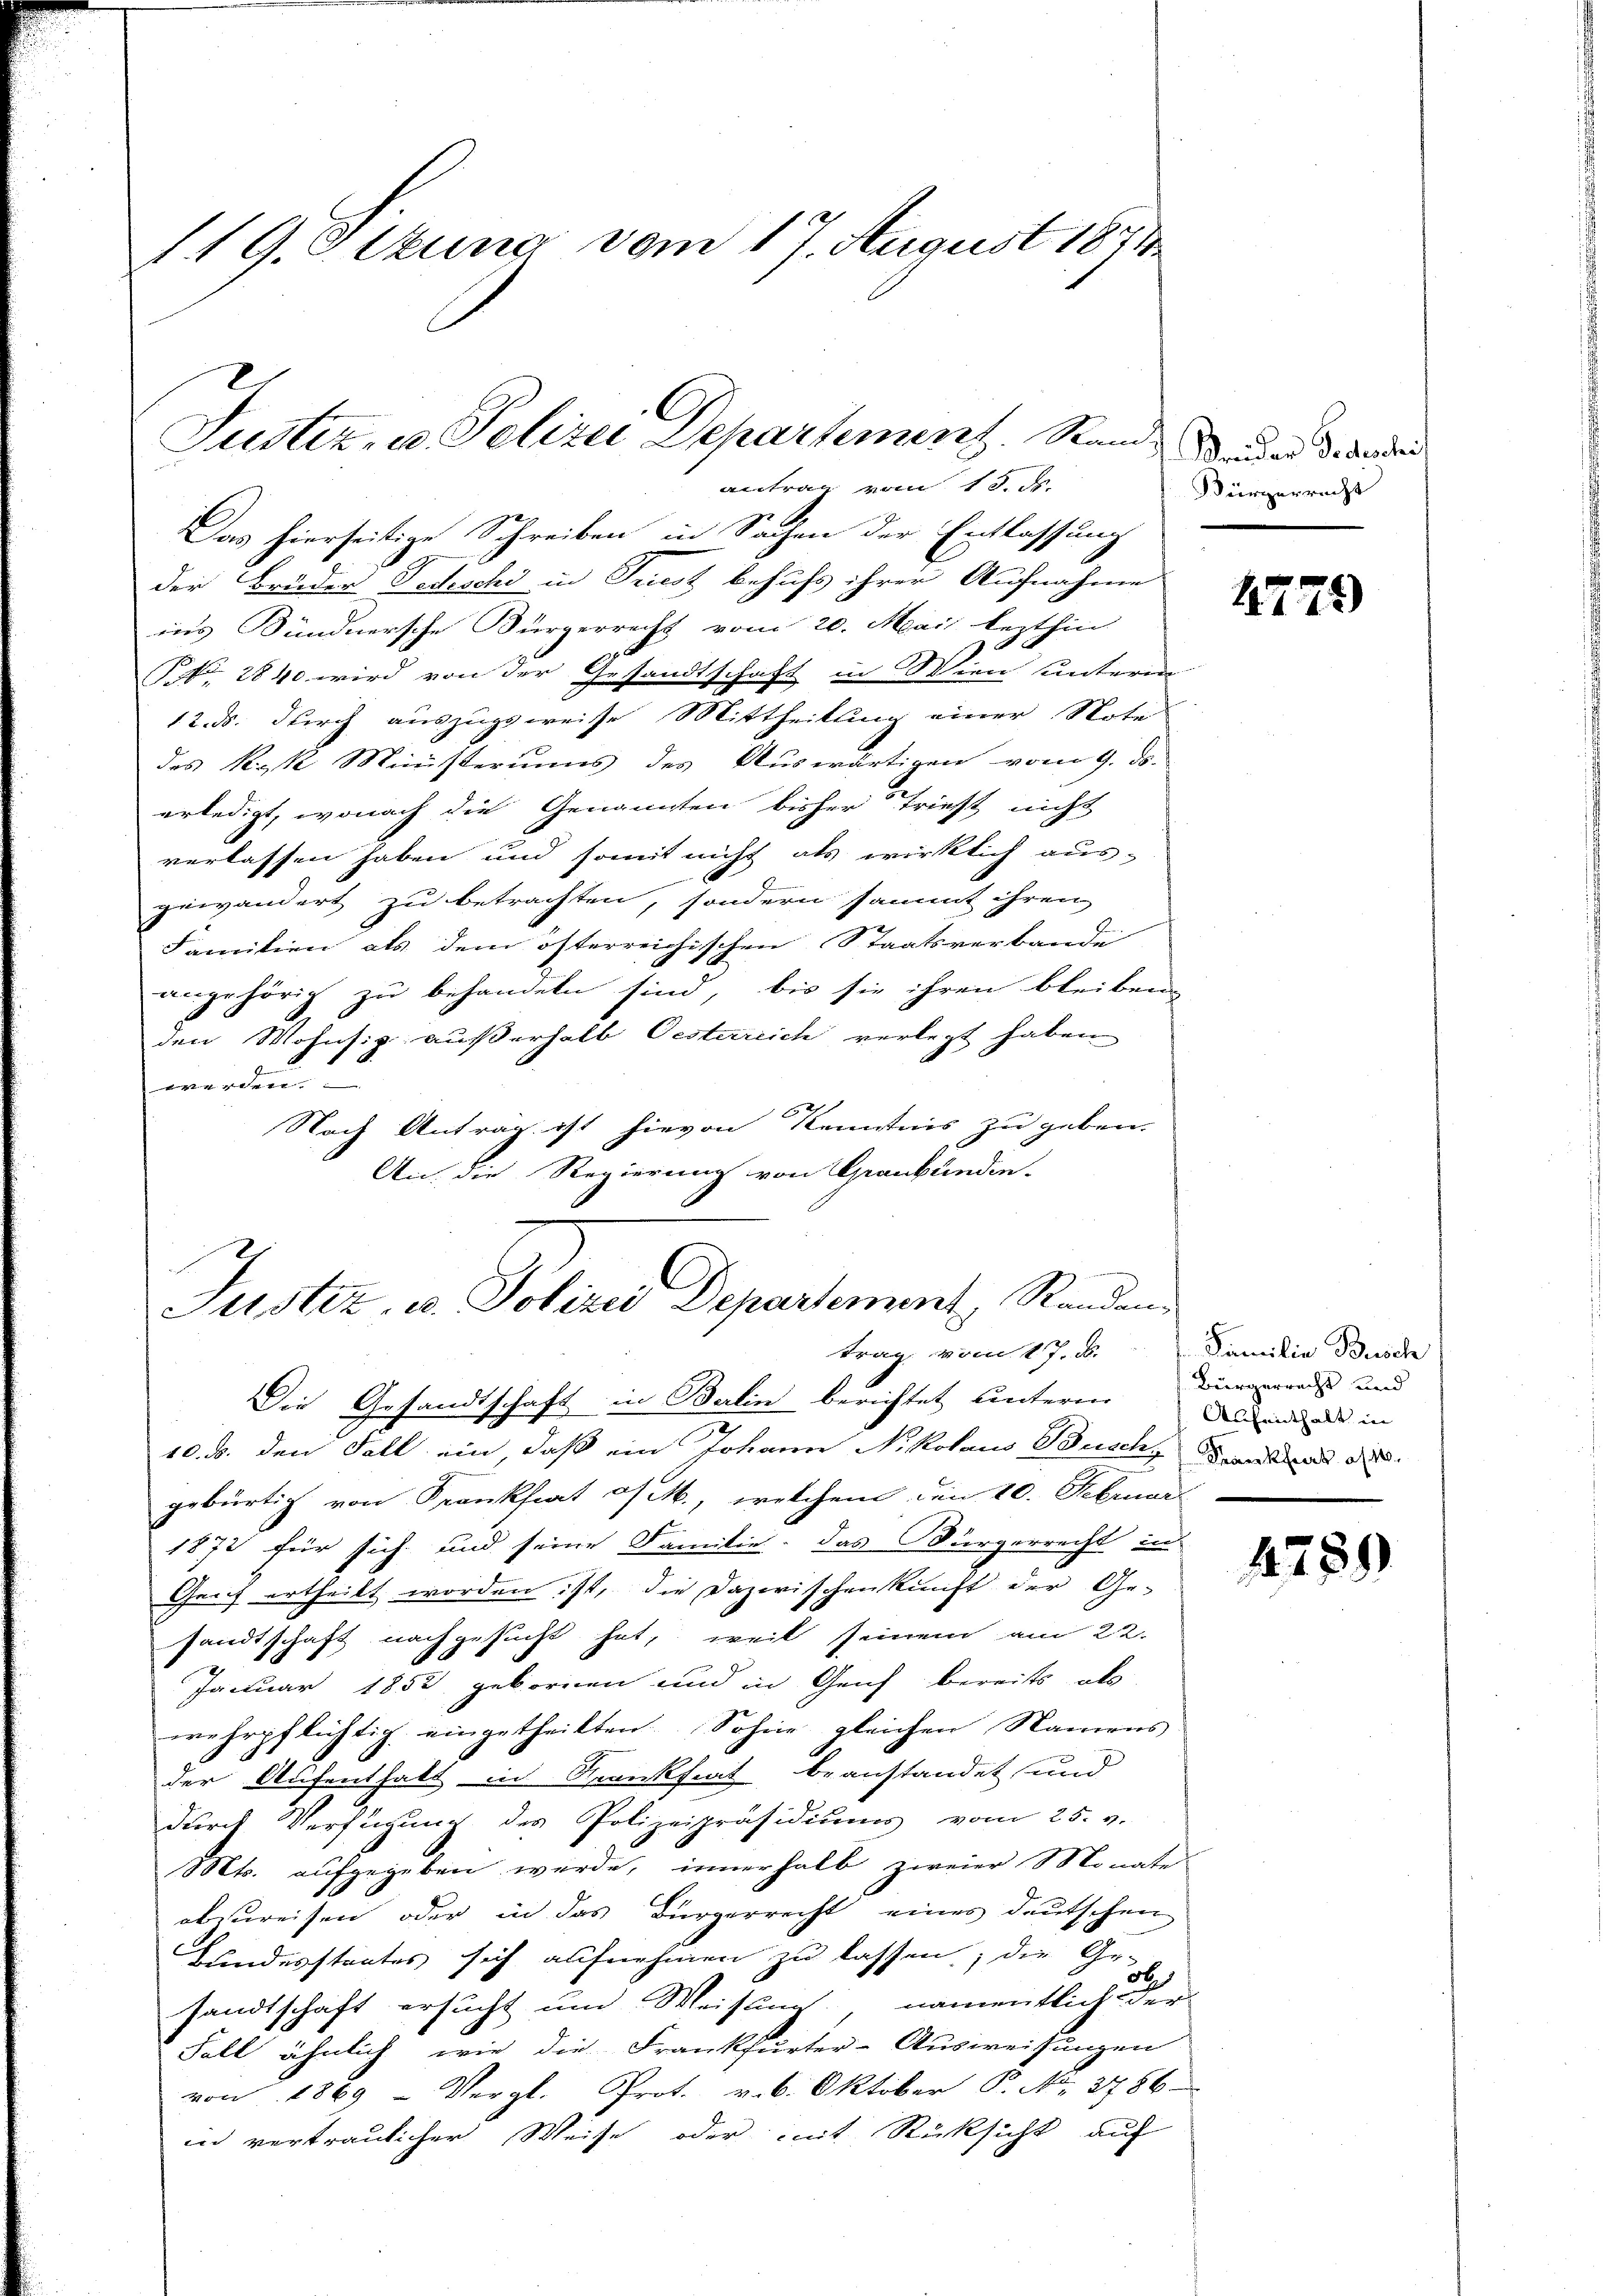
119. Sekung vom 17. August 1871

antrag vom 13. de
Das hierseitige Schreiben in Sachen der Entlassung
der Brüder Fedeschi in Triest behufs ihrer Aufnahme
ins Sündnersche Bürgerrecht vom 20. Mai lezthin
Nr. 2840 wird von der Gesandtschaft in Wien unterm
12. ds. durch auszugsweise Mittheilung einer Note
des Reyk Ministeriums des Auswärtigen vom 9. d.
erledigt, wonach die Genannten bisher Triest nicht
verlassen haben und somit nicht als wirklich aus-
gewändert zu betrachten, sondern sammt ihren
Familien als dem österreichischen Staatsverbande
angehörig zu behandeln sind, bis sie ihren bleiben
den Wohnsiz außerhalb Oesterreich verlegt haben
J
werden.
Nach Antrag ist hievon Kenntnis zu geben.
An die Regierung von Graubünden-
e
Justiz, u. Polizei Departement, Randen
trag vom 17. d.
Die Gesandtschaft in Berlin berichtet unterm
10. b. den Fall ein, daß ein Johann Nikolaus Busch, Band de
gebürtig von Frankfiat a/M., tretchen den 10. Februar
1872 für sich und seine Familie. Das Bürgerrecht in
Genf ertheilt worden ist, die Dazwischenkunft der Ge-
sandtschaft nachgesucht hat, weil seinem am 22.
Januar 1852 gebornen und in Genf bereits als
wehrpflichtig eingetheilten Sohne gleichen Namens
der Aufenthalt in Krankfiat beanstandet und
durch Verfügung des Polizeipräsidiums vom 25. v.
Mts. aufgegeben werde, innerhalb zweier Monate
abzureisen oder in das Bürgerrecht eines deutschen
Bundesstaates sich aufnehmen zu lassen; die Ge-
5
sandtschaft ersucht und Weisung namentlich der
Fall ähnlich wie die Frankfurter-Ausweisungen
von 1869 - Vergl. Prot. v. 6. Oktober P. No. 3786
in vertraulicher Weise oder mit Rücksicht auf

Justiz, u. Polizei Departement. Stand

Freider Todschei
Kürzerrecht

4779)

Familie Busch
Bürgerrecht und
Aufenthalt in

1789